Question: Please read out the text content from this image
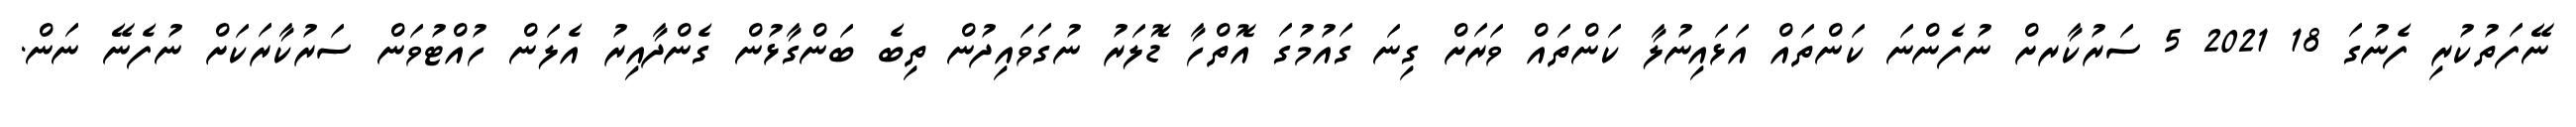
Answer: ނޭފަތުކުރި ފެނުގަ 18 2021 5 ސަރުކާރށް ނުފެންނަ ކަންތައް އަޅައިނުލާ ކަންތައް ވަރަށް ގިނަ ގައުމުގަ އޮތްހާ ޑޮލަރު ނުގަވައިދުން ތިބެ ބަންގާޅުން ގެންދާއިރު އެލަން ހުއްޓުވަން ސަރުކާރަކަށް ނުފެނޭ ނަން.